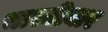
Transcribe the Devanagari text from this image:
भारतीयार